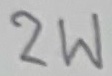
Text: 2W